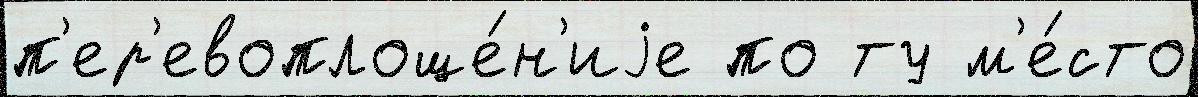
п'ер'евоплоще́н'иjе по ту м'е́сто